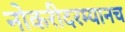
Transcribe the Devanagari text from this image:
नोकरीदरम्यानच